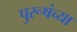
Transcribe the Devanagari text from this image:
पुरूषंच्या